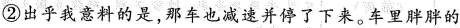
②出乎我意料的是，那车也减速并停了下来。车里胖胖的